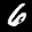
Digit: 6